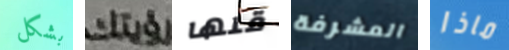
بشكل رؤيتك قلها المشرفة ماذا